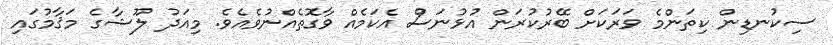
ސިކުނޑިން ކިތަންމެ ވަރަކަށް ބޭރުކުރަން އުޅުނަސް އެކަމެއް ވާގޮތެއްނުވެއެވެ. މިއަދު ލޫޝާގެ މަޤާމުގައި